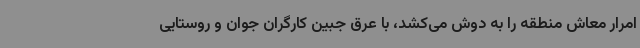
امرار معاش منطقه را به دوش می‌کشد، با عرق جبین کارگران جوان و روستایی